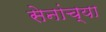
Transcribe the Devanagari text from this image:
सेनांच्या